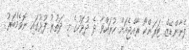
ފެނާންޑޭޒް ޓަރަންކޯ ރާއްޖެއަށް ކުރައްވާ ދެ ދުވަހުގެ މި ދަތުރު ފުޅުގައި ނޮވެމްބަރު